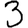
Digit: 3